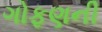
ગોફણની